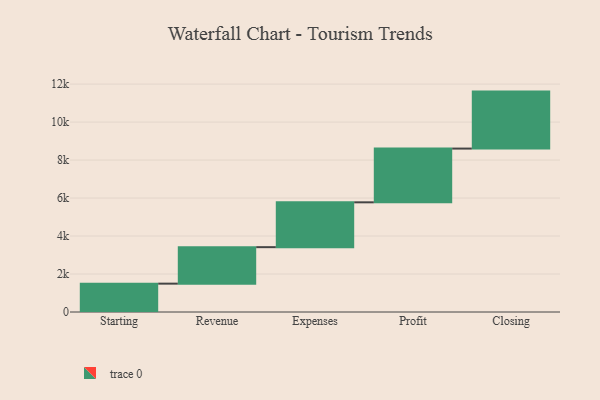
{"axis": {"x": "Step", "y": "Value"}, "legend": [""], "data": [{"x": "Starting", "y": 1493.0, "type": ""}, {"x": "Revenue", "y": 1921.0, "type": ""}, {"x": "Expenses", "y": 2361.0, "type": ""}, {"x": "Profit", "y": 2830.0, "type": ""}, {"x": "Closing", "y": 3000, "type": ""}]}